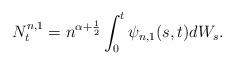
LaTeX: \begin{align*} N_t^{n,1}= n^{\alpha+\frac 12} \int_0^t \psi_{n,1}(s,t) dW_s.\end{align*}